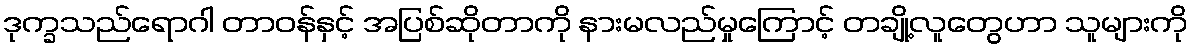
ဒုက္ခသည်ရောဂါ တာဝန်နှင့် အပြစ်ဆိုတာကို နားမလည်မှုကြောင့် တချို့လူတွေဟာ သူများကို